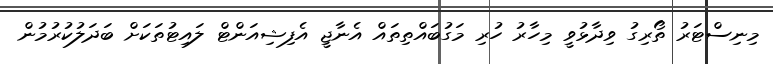
މިނިސްޓަރު ތޯރިގު ވިދާޅުވީ މިހާރު ހުރި މަގުބައްތިތައް އެނާޖީ އެފިޝިއަންޓް ލައިޓުތަކަށް ބަދަލުކުރުމުން